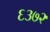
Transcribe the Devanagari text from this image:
६३७२